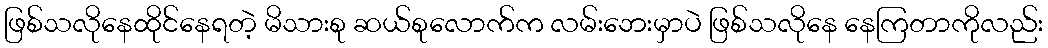
ဖြစ်သလိုနေထိုင်နေရတဲ့ မိသားစု ဆယ်စုလောက်က လမ်းဘေးမှာပဲ ဖြစ်သလိုနေ နေကြတာကိုလည်း